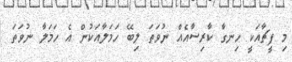
މި ފީޗާއަކީ ހިނގާ ކާރިސާއެއް ނުވަތަ ލިބޭ ހަމަލާއަކުން އެ ހަމަލާ ނުވަތަ